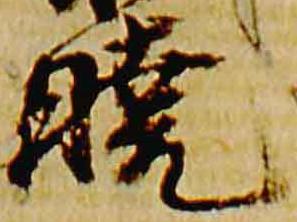
暁